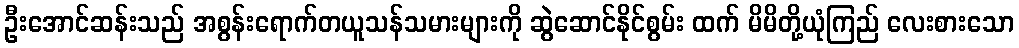
ဦးအောင်ဆန်းသည် အစွန်းရောက်တယူသန်သမားများကို ဆွဲဆောင်နိုင်စွမ်း ထက် မိမိတို့ယုံကြည် လေးစားသော